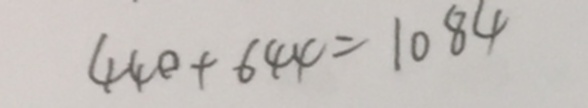
4 4 0 + 6 4 4 = 1 0 8 4